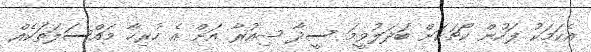
އެކަމަކު ފަހުން ކޯޗަކަށް ބަދަލުވީމަ ސީދާ ޝިއުރާ އަށް އެ ހުރިހާ މައްސަލަތަކެއް